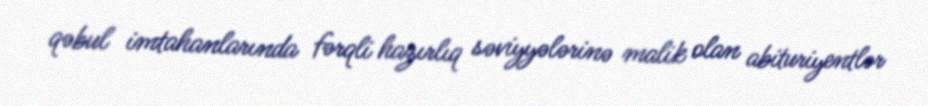
qəbul imtahanlarında fərqli hazırlıq səviyyələrinə malik olan abituriyentlər